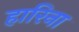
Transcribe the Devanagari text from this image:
हारिना